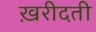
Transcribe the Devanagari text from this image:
ख़रीदती